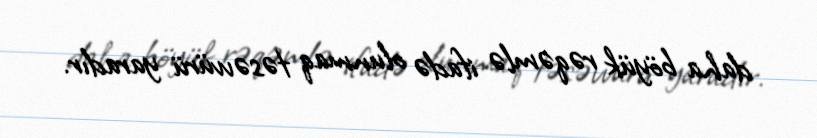
daha böyük rəqəmlə ifadə olunmaq təsəvvürü yaradır.